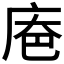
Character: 𪪔